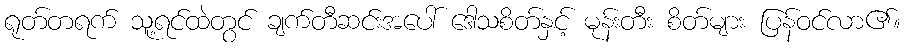
ရုတ်တရက် သူ့ရင်ထဲတွင် ချက်တီဆင်းအပေါ် ဒေါသစိတ်နှင့် မုန်းတီး စိတ်များ ပြန်ဝင်လာ၏။